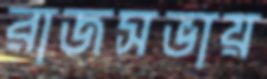
রাজসভায়